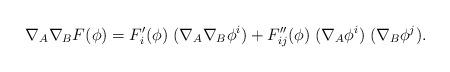
LaTeX: \begin{align*}\nabla_A \nabla_B F(\phi) = F'_i(\phi) \; (\nabla_A \nabla_B \phi^i) +F''_{ij}(\phi) \; (\nabla_A \phi^i) \; (\nabla_B \phi^j).\end{align*}